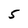
Character: 5